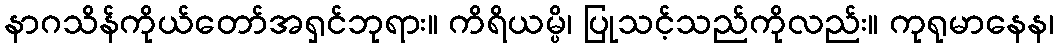
နာဂသိန်ကိုယ်တော်အရှင်ဘုရား။ ကိရိယမ္ပိ၊ ပြုသင့်သည်ကိုလည်း။ ကုရုမာနေန၊